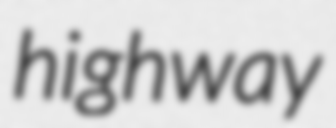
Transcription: highway